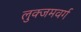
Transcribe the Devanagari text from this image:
लुक्जमवर्ग